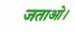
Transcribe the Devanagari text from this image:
जताओ।